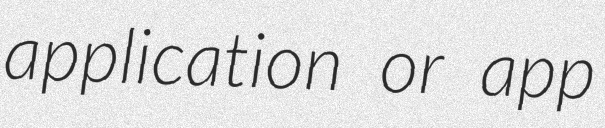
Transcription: application or app